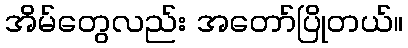
အိမ်တွေလည်း အတော်ပြိုတယ်။